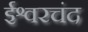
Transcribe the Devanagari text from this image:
ईश्वरचंद